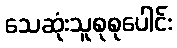
သေဆုံးသူစုစုပေါင်း